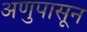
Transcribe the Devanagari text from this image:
अणुपासून